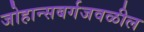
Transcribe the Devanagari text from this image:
जोहान्सबर्गजवळील